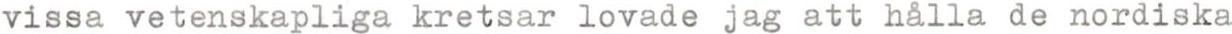
vissa vetenskapliga kretsar lovade jag att hålla de nordiska